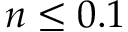
n \le 0 . 1